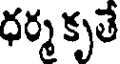
ధర్మ కృతే